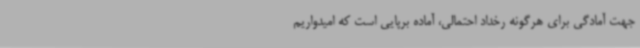
جهت آمادگی برای هرگونه رخداد احتمالی، آماده برپایی است که امیدواریم